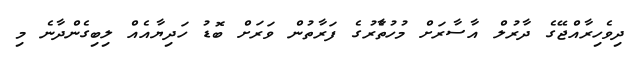
ދިވެހިރާއްޖޭގެ ދާރުލް އާސާރަށް މުހުތާެރުގެ ފަރާތުން ވަރަށް ބޮޑު ހަދިޔާއެއް ލިބިގެންދާނެ މި